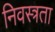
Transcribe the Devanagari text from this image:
निवस्त्रता